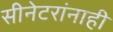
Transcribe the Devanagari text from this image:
सीनेटरांनाही